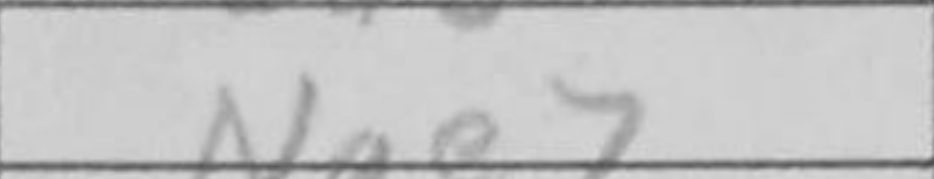
Transcription: Nge7